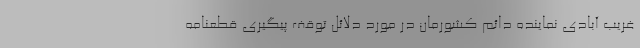
غریب آبادی نماینده دائم کشورمان در مورد دلائل توقف پیگیری قطعنامه